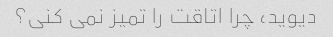
دیوید، چرا اتاقت را تمیز نمی کنی؟